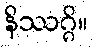
နိဿဂ္ဂိ။